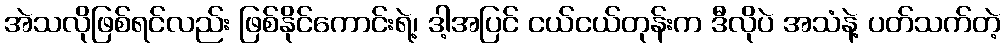
အဲသလိုဖြစ်ရင်လည်း ဖြစ်နိုင်ကောင်းရဲ့၊ ဒါ့အပြင် ငယ်ငယ်တုန်းက ဒီလိုပဲ အသံနဲ့ ပတ်သက်တဲ့